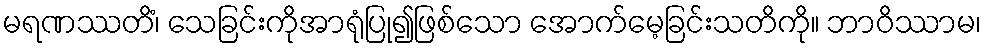
မရဏဿတိံ၊ သေခြင်းကိုအာရုံပြု၍ဖြစ်သော အောက်မေ့ခြင်းသတိကို။ ဘာဝိဿာမ၊